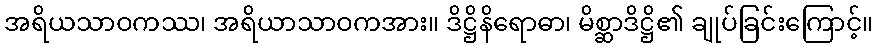
အရိယသာဝကဿ၊ အရိယာသာဝကအား။ ဒိဋ္ဌိနိရောဓာ၊ မိစ္ဆာဒိဋ္ဌိ၏ ချုပ်ခြင်းကြောင့်။